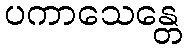
ပကာသေန္တေ